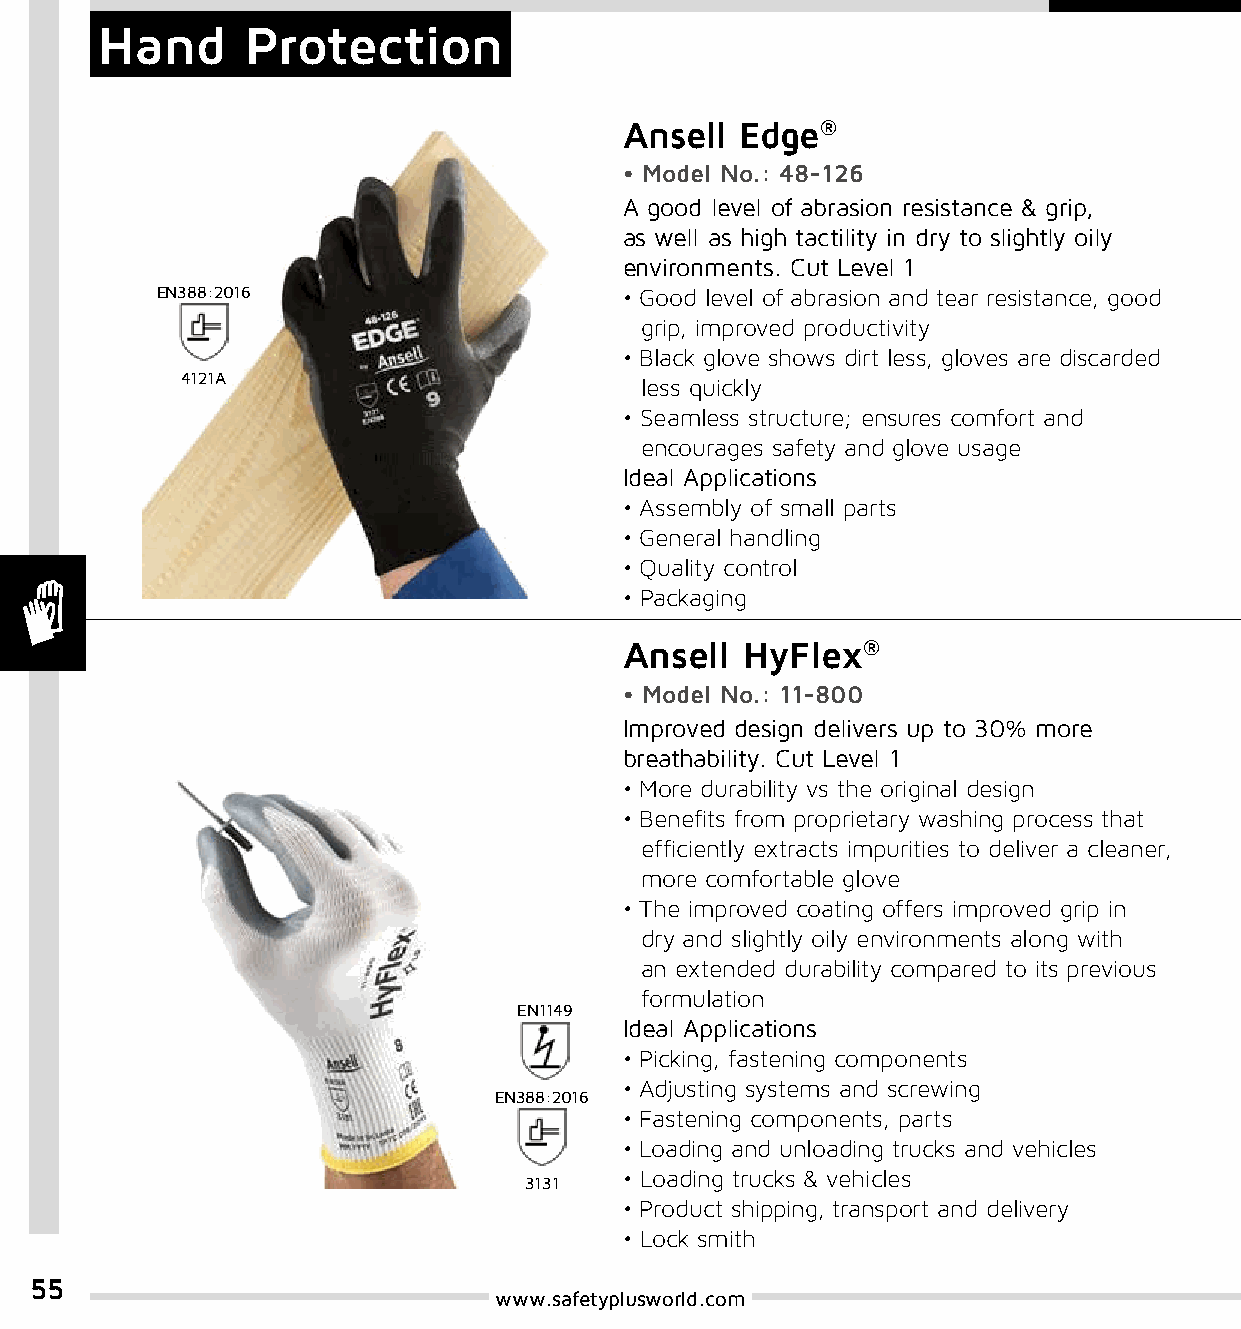
Hand      Protection
 Ansell  Edge®
 • Model No.: 48-126
 A good level of abrasion resistance & grip,
 as well as high tactility in dry to slightly oily
 environments. Cut Level 1
 EN388:2016                     • Good level of abrasion and tear resistance, good
 grip, improved productivity
 • Black glove shows dirt less, gloves are discarded
 4121A                         less quickly
 • Seamless structure; ensures comfort and
 encourages safety and glove usage
 Ideal Applications
 • Assembly of small parts
 • General handling
 • Quality control
 • Packaging
 Ansell  HyFlex®
 • Model No.: 11-800
 Improved design delivers up to 30% more
 breathability. Cut Level 1
 • More durability vs the original design
 • Benefits from proprietary washing process that
 efficiently extracts impurities to deliver a cleaner,
 more comfortable glove
 • The improved coating offers improved grip in
 dry and slightly oily environments along with
 an extended durability compared to its previous
 formulation
 EN1149
 Ideal Applications
 • Picking, fastening components
 • Adjusting systems and screwing
 EN388:2016
 • Fastening components, parts
 • Loading and unloading trucks and vehicles
 • Loading trucks & vehicles
 3131
 • Product shipping, transport and delivery
 • Lock smith
 55
 www.safetyplusworld.com